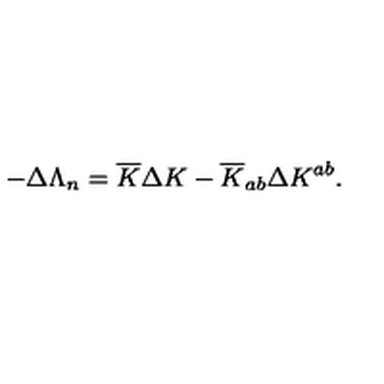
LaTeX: - \Delta \Lambda _ { n } = { \overline { K } } \Delta K - { \overline { K } _ { a b } } \Delta K ^ { a b } .